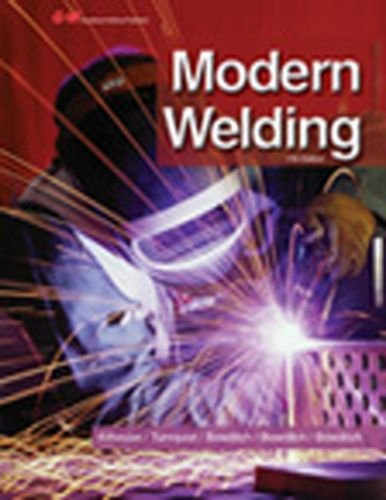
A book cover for Modern Welding; Andrew D. Althouse; Engineering & Transportation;